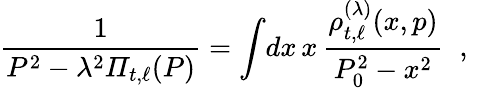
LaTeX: {\frac{1}{P^{2}-\lambda^{2}{\mit\Pi}_{t,\ell}(P)}}=\int\! dx\, x\, {\frac{\rho_{t,\ell}^{(\lambda)}(x,p)}{P_{0}^{2}-x^{2}}}\; \; ,\; \;